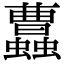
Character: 𧕐